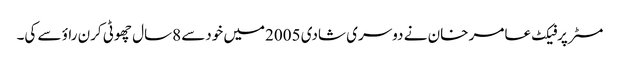
مسٹرپرفیکٹ عامر خان نے دوسری شادی 2005میں خودسے 8سال چھوٹی کرن راؤ سے کی۔